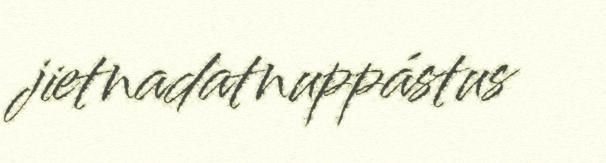
jietnadatnuppástus